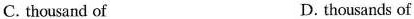
C.thousand of D.thousands of